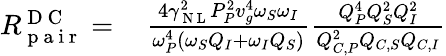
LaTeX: \begin{array}{rl}{R_{\mathrm{~p~a~i~r~}}^{\mathrm{~D~C~}}=\, }&{{}\frac{4\gamma_{\mathrm{~N~L~}}^{2}P_{P}^{2}v_{g}^{4}\omega_{S}\omega_{I}}{\omega_{P}^{4}\left(\omega_{S}Q_{I}+\omega_{I}Q_{S}\right)}\frac{Q_{P}^{4}Q_{S}^{2}Q_{I}^{2}}{Q_{C,P}^{2}Q_{C,S}Q_{C,I}}}\end{array}